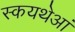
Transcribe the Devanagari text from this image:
स्कयथेआं